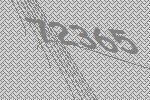
72365